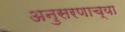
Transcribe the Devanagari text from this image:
अनुसरणाच्या